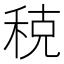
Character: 𫀲